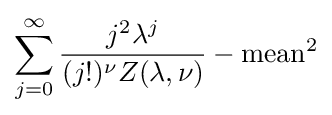
\sum _{j=0}^{\infty }{\frac {j^{2}\lambda ^{j}}{(j!)^{\nu }Z(\lambda ,\nu )}}-\operatorname {mean} ^{2}